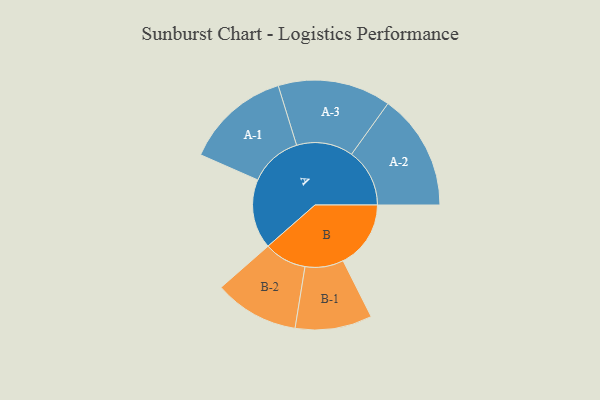
{"axis": {"x": "Segment", "y": "Value"}, "legend": ["", "A", "B"], "data": [{"x": "A", "y": 318, "type": ""}, {"x": "B", "y": 310, "type": ""}, {"x": "A-1", "y": 241, "type": "A"}, {"x": "A-2", "y": 266, "type": "A"}, {"x": "A-3", "y": 259, "type": "A"}, {"x": "B-1", "y": 176, "type": "B"}, {"x": "B-2", "y": 194, "type": "B"}]}